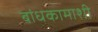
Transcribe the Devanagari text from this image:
बांधकामाशी